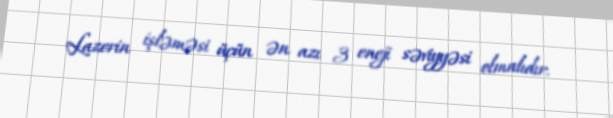
Lazerin işləməsi üçün ən azı 3 eneji səviyyəsi olmalıdır.